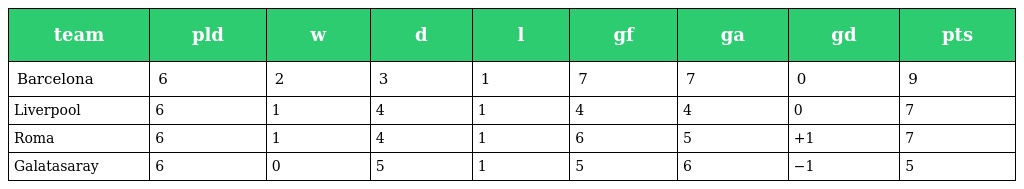
| team | pld | w | d | l | gf | ga | gd | pts |
 | --- | --- | --- | --- | --- | --- | --- | --- | --- |
 | Barcelona | 6 | 2 | 3 | 1 | 7 | 7 | 0 | 9 |
 | Liverpool | 6 | 1 | 4 | 1 | 4 | 4 | 0 | 7 |
 | Roma | 6 | 1 | 4 | 1 | 6 | 5 | +1 | 7 |
 | Galatasaray | 6 | 0 | 5 | 1 | 5 | 6 | −1 | 5 |